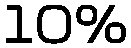
10%